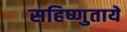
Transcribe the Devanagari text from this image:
सहिष्णुतायें